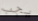
يجب